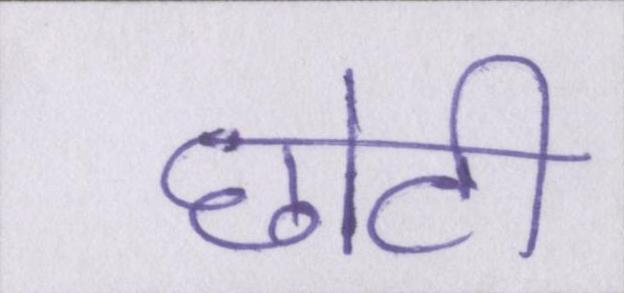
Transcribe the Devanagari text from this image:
छोटी